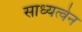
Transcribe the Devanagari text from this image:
साध्यत्वेन